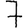
Digit: 7